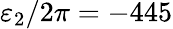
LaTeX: \varepsilon_{2}/2\pi=-445